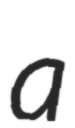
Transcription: a